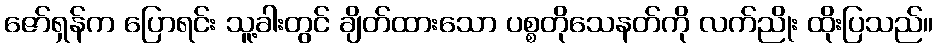
ဇော်ရှန်က ပြောရင်း သူ့ခါးတွင် ချိတ်ထားသော ပစ္စတိုသေနတ်ကို လက်ညိုး ထိုးပြသည်။